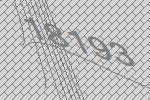
18193